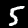
Digit: 5